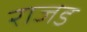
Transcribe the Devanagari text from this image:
राजड